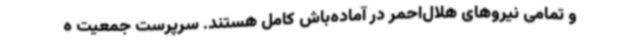
و تمامی نیروهای هلال‌احمر در آماده‌باش کامل هستند. سرپرست جمعیت ه